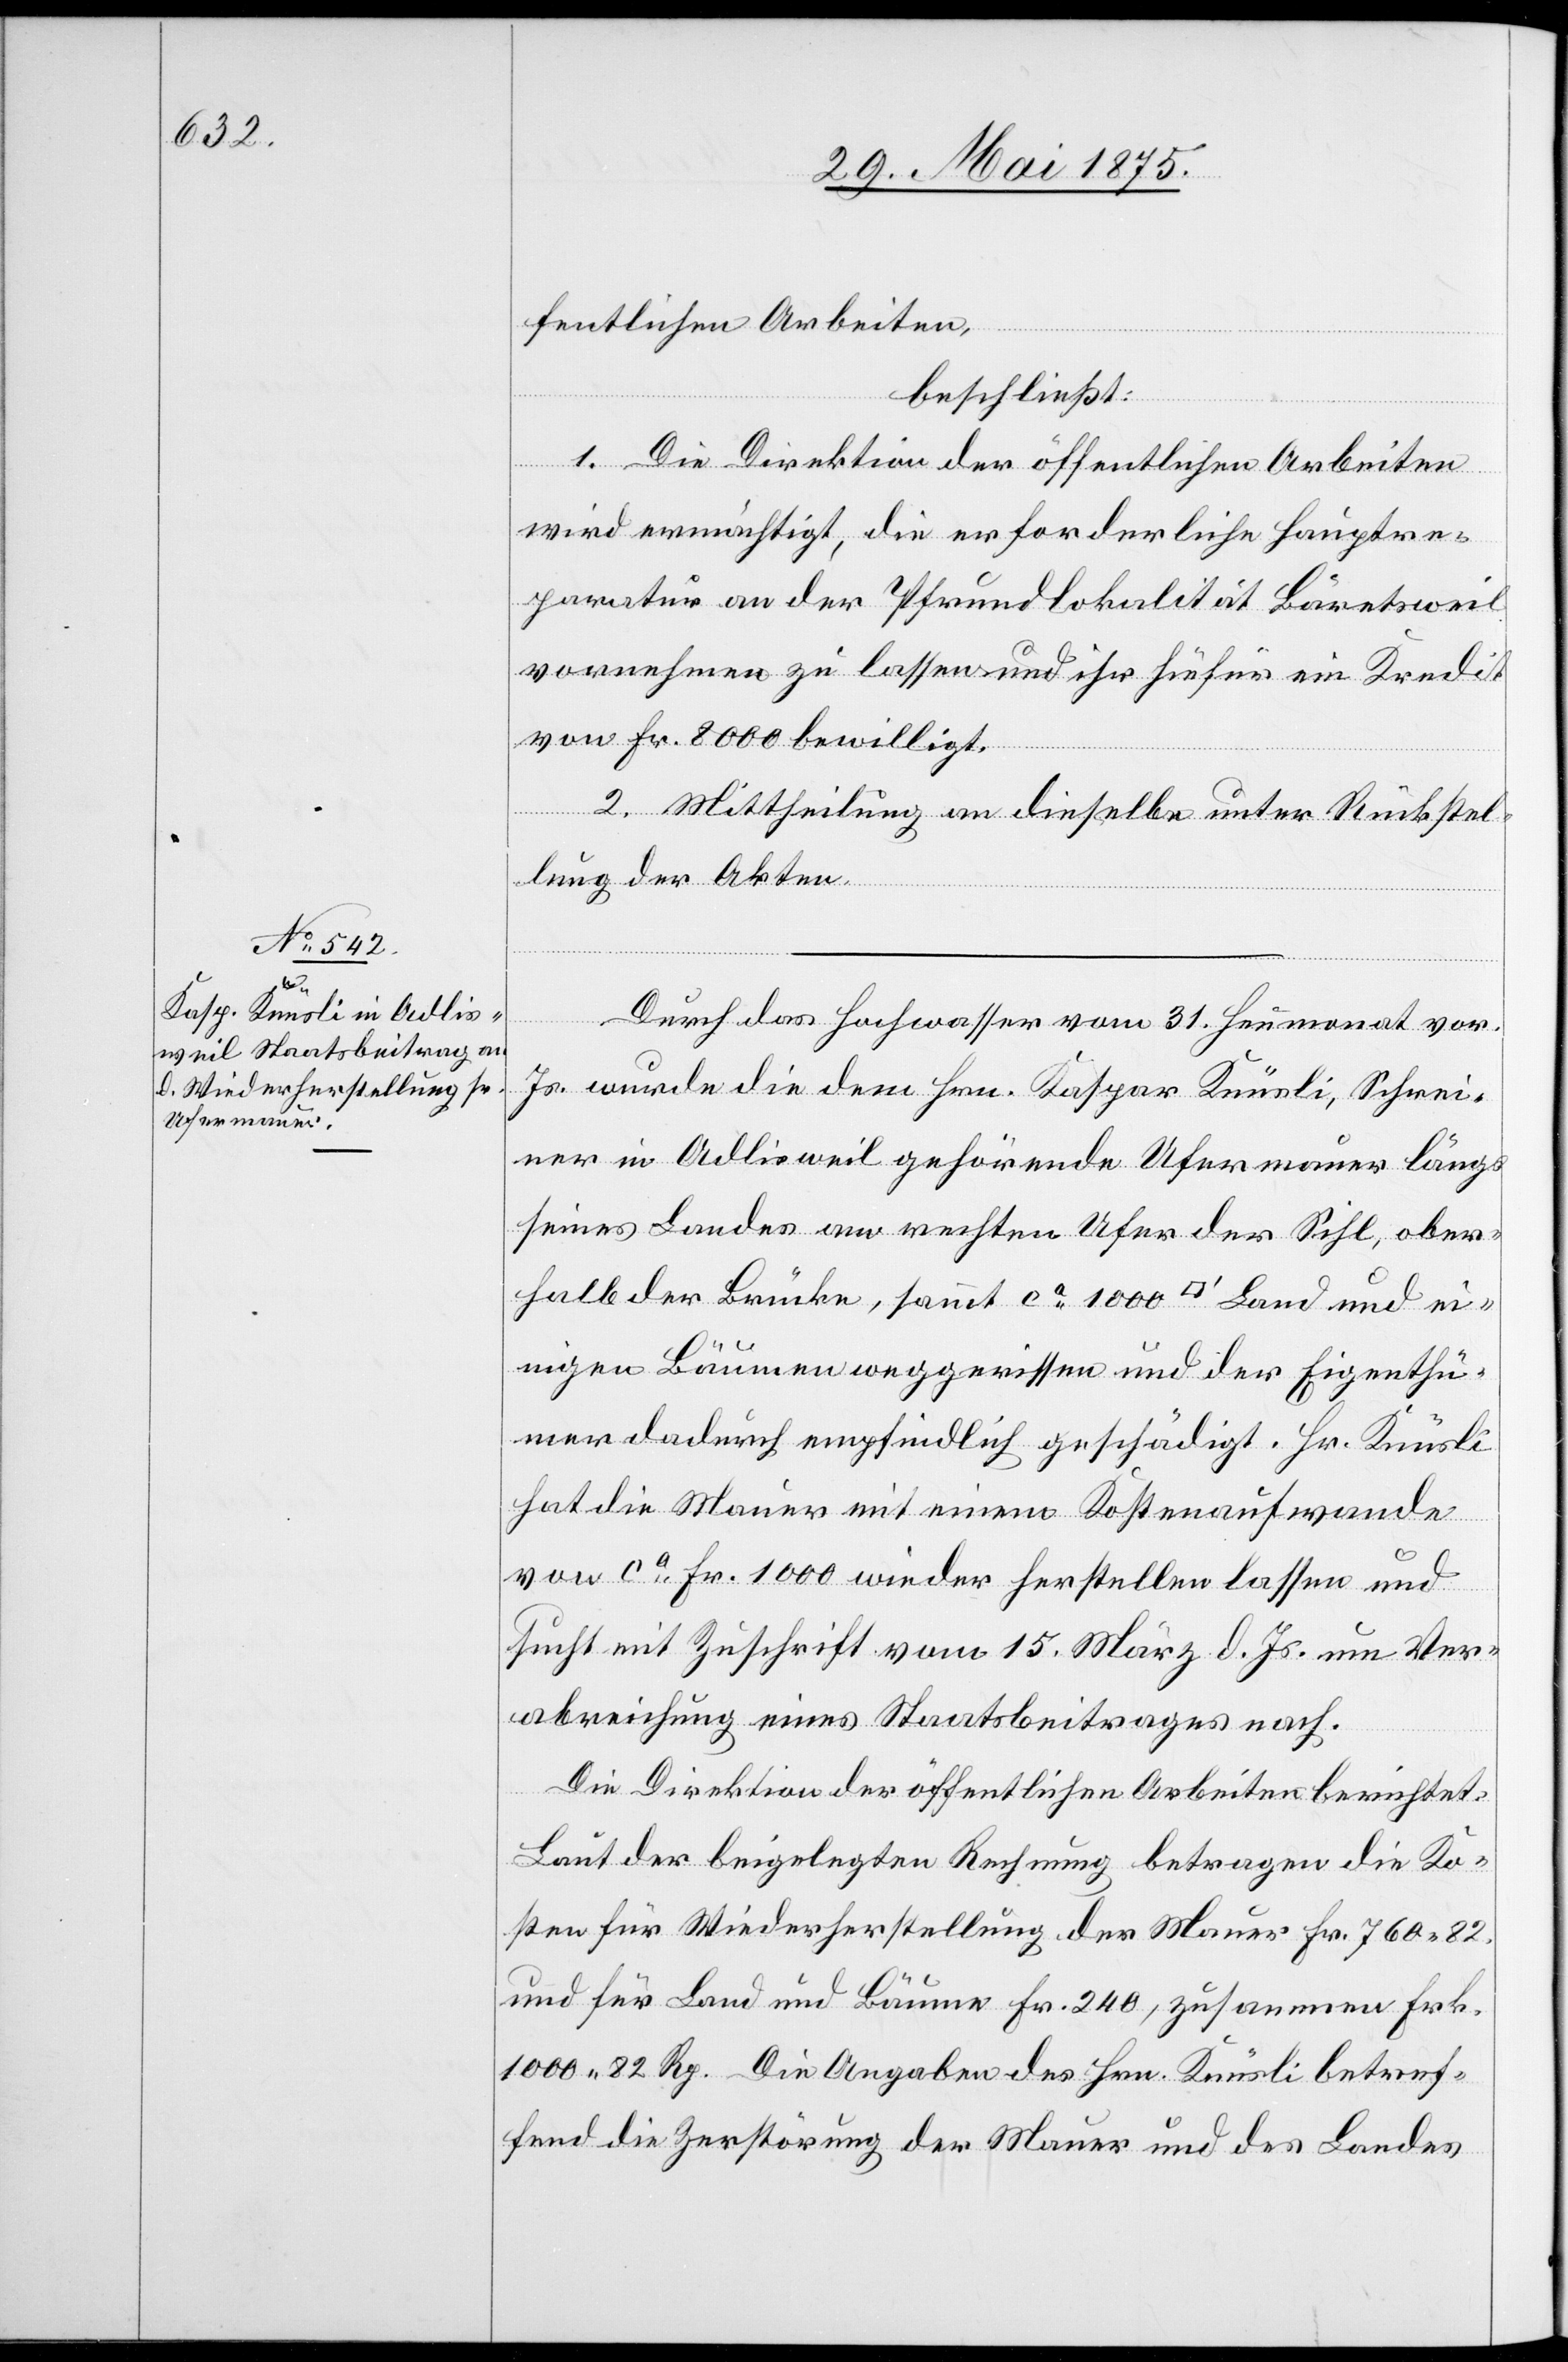
fentlichen Arbeiten,
beschließt:
1. Die Direktion der öffentlichen Arbeiten
wird ermächtigt, die erforderliche Hauptre¬
paratur an der Pfrundlokalität Bäretsweil
vornehmen zu lassen und ihr hiefür ein Kredit
von Fr. 8000 bewilligt.
2. Mittheilung an dieselbe unter Rückstel¬
lung der Akten.
Durch das Hochwasser vom 31. Heumonat vor.
Js. wurde die dem Hrn. Kaspar Knüsli, Schrei¬
ner in Adlisweil[,] gehörende Ufermauer längs
seines Landes am rechten Ufer der Sihl, ober¬
halb der Brücke, sammt ca 1000 [Quadratfuß] Land und ei¬
nigen Bäumen weggerissen und der Eigenthü¬
mer dadurch empfindlich geschädigt. Hr. Knüsli
hat die Mauer mit einem Kostenaufwande
von ca Fr. 1000 wieder herstellen lassen und
sucht mit Zuschrift vom 15. März d. Js. um Ver¬
abreichung eines Staatsbeitrages nach.
Die Direktion der öffentlichen Arbeiten berichtet:
Laut der beigelegten Rechnung betragen die Ko¬
sten für Wiederherstellung der Mauer Fr. 760 82.
und für Land und Bäume Fr. 240, zusammen Frk.
1000 82 Rp. Die Angaben des Hrn. Knüsli betref¬
fend die Zerstörung der Mauer und des Landes